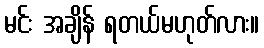
မင်း အချိန် ရတယ်မဟုတ်လား။